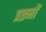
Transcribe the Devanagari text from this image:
प्रक्र्मों